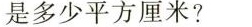
是多少平方厘米?